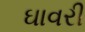
ઘાવરી